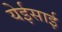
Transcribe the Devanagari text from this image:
येईसाई